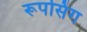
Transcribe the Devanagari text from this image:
रूपसिंग